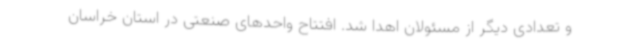
و تعدادی دیگر از مسئولان اهدا شد. افتتاح واحدهای صنعتی در استان خراسان